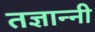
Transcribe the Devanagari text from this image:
तज्ञान्नी